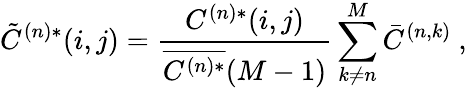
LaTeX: \tilde{C}^{(n)*}(i,j)=\frac{C^{(n)*}(i,j)}{\overline{{C^{(n)*}}}(M-1)}\sum_{k\neq n}^{M}\bar{C}^{(n,k)}~,